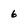
Character: 6